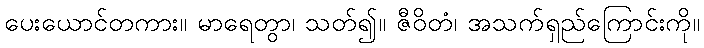
ပေးယောင်တကား။ မာရေတွာ၊ သတ်၍။ ဇီဝိတံ၊ အသက်ရှည်ကြောင်းကို။